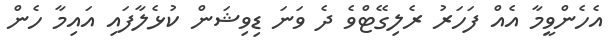
އެހެންވީމާ އެއް ފަހަރު ރެލިގޭޓްވެ ދެ ވަނަ ޑިވިޝަން ކުޅެލާފައި އައިމާ ހެން